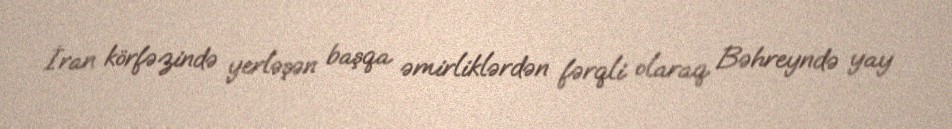
İran körfəzində yerləşən başqa əmirliklərdən fərqli olaraq Bəhreyndə yay